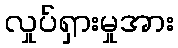
လှုပ်ရှားမှုအား